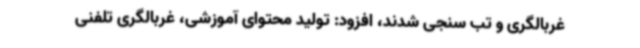
غربالگری و تب سنجی شدند، افزود: تولید محتوای آموزشی، غربالگری تلفنی